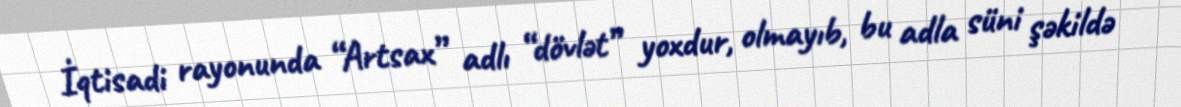
İqtisadi rayonunda “Artsax” adlı “dövlət” yoxdur, olmayıb, bu adla süni şəkildə